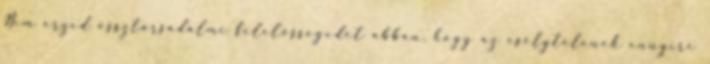
Nem érzed össztársadalmi felelősségedet abban, hogy az esélytelenek ennyire